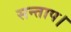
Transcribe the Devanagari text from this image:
सन्‍ताप।